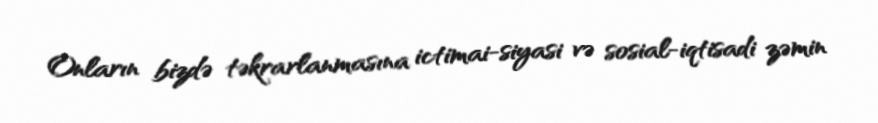
Onların bizdə təkrarlanmasına ictimai-siyasi və sosial-iqtisadi zəmin